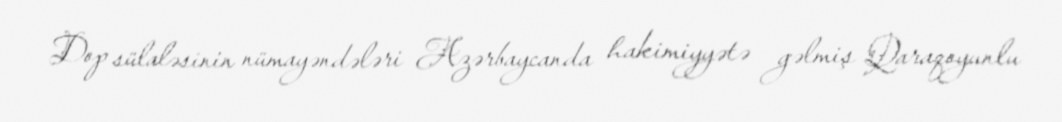
Dop sülaləsinin nümayəndələri Azərbaycanda hakimiyyətə gəlmiş Qaraqoyunlu